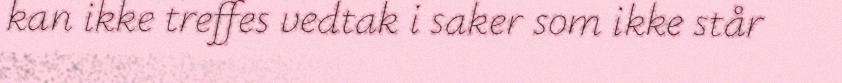
kan ikke treffes vedtak i saker som ikke står